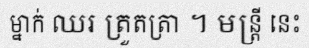
ម្នាក់ ឈរ ត្រួតត្រា ។ មន្ត្រី នេះ